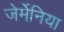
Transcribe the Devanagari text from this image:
जेर्मेनिया